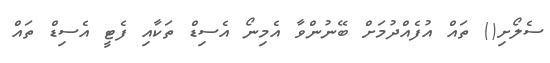
ސެލޯށި() ތައް އުފެއްދުމަށް ބޭނުންވާ އެމިނޯ އެސިޑް ތަކާއި ފެޓީ އެސިޑް ތައް